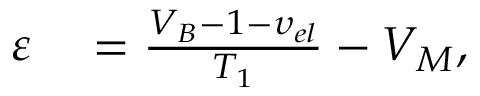
\begin{array} { r l } { \varepsilon } & { { } = \frac { { { V } _ { B } } - 1 - { { \upsilon } _ { { e l } } } } { { { T } _ { 1 } } } - { { V } _ { M } } , } \end{array}